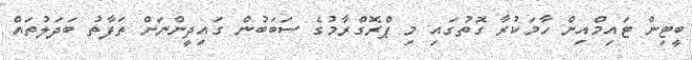
ބީޓިން ޓައިމްއިން ހާމަކުރާ ގޮތުގައި މި ޕްރޮގްރާމުގެ ސަބަބުން ގައިދީންނަށް ތަފާތު ބަދަލުތައް